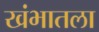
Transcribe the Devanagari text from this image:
खंभातला